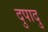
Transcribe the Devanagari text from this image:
दुपादु